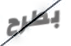
بطرح